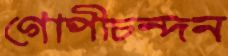
গোপীচন্দন